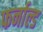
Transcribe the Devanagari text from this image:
फर्नाल्ड